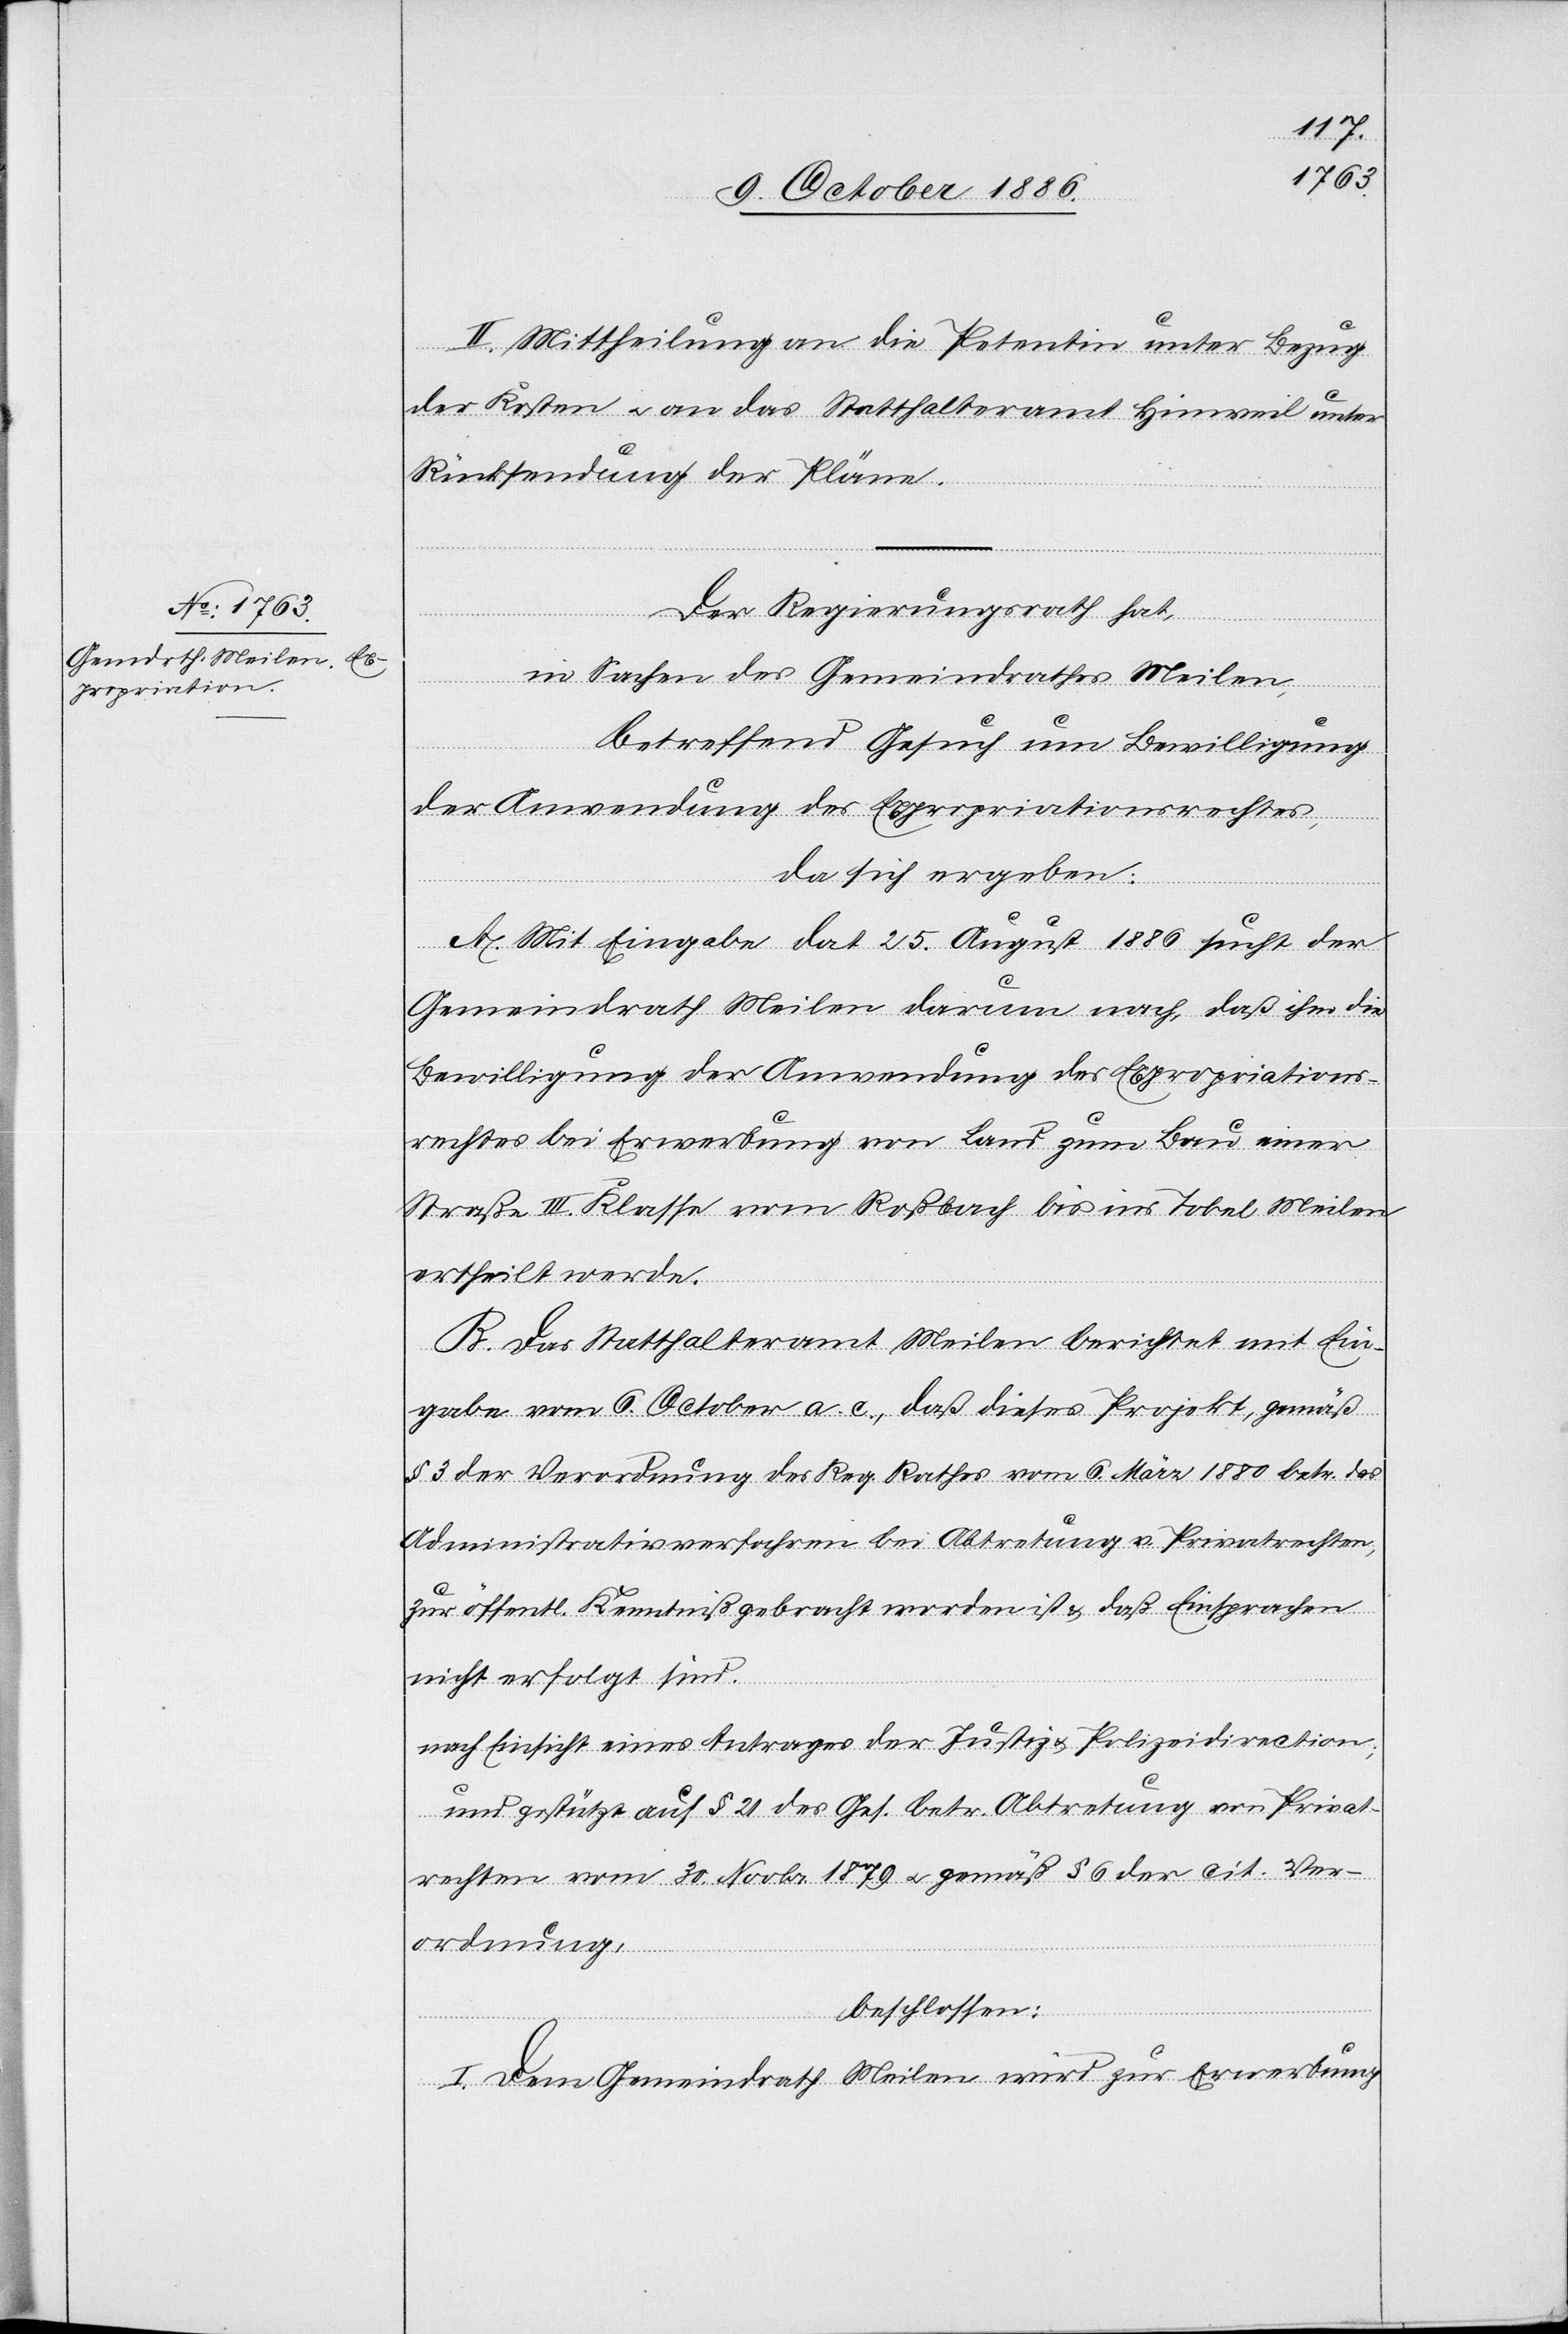
II. Mittheilung an die Petentin unter Bezug
der Kosten & an das Statthalteramt Hinweil unter
Rücksendung der Pläne.
Der Regierungsrath hat,
in Sachen des Gemeindrathes Meilen,
betreffend Gesuch um Bewilligung
der Anwendung des Expropriationsrechtes,
da sich ergeben:
A. Mit Eingabe dat. 25. August 1886 sucht der
Gemeindrath Meilen darum nach, daß ihm die
Bewilligung der Anwendung des Expropriations¬
rechtes bei Erwerbung von Land zum Bau einer
Straße III. Klasse vom Roßbach bis ins Tobel Meilen
ertheilt werde.
B. Das Statthalteramt Meilen berichtet mit Ein¬
gabe vom 6. October a. c., daß dieses Projekt, gemäß
§ 3 der Verordnung des Reg. Rathes vom 6. März 1880 betr. das
Administrativverfahren bei Abtretung v. Privatrechten,
zur öffentl. Kenntniß gebracht worden ist & daß Einsprachen
nicht erfolgt sind.
nach Einsicht eines Antrages der Justiz[-] & Polizeidirection;
und gestützt auf § 21 des Ges. betr. Abtretung von Privat¬
rechten vom 30. Novbr. 1879 & gemäß § 6 der cit. Ver¬
ordnung,
beschlossen:
I. Dem Bundesrath Meilen wird zur Erwerbung